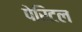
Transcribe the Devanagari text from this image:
पेरिटल